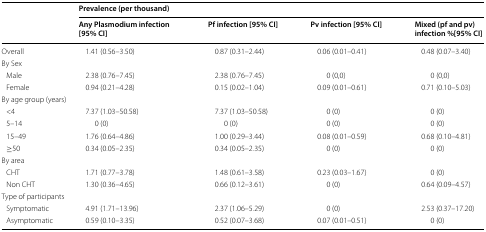
| <ROWSPAN=2>  | <COLSPAN=4> Prevalence (per thousand) |
 | Any Plasmodium infection [95% CI] | Pf infection [95% CI] | Pv infection [95% CI] | Mixed (pf and pv) infection %[95% CI] |
 | --- | --- | --- | --- | --- |
 | Overall | 1.41 (0.56–3.50) | 0.87 (0.31–2.44) | 0.06 (0.01–0.41) | 0.48 (0.07–3.40) |
 | <COLSPAN=5> By Sex |
 | Male | 2.38 (0.76–7.45) | 2.38 (0.76–7.45) | 0 (0,0) | 0 (0,0) |
 | Female | 0.94 (0.21–4.28) | 0.15 (0.02–1.04) | 0.09 (0.01–0.61) | 0.71 (0.10–5.03) |
 | <COLSPAN=5> By age group (years) |
 | <4 | 7.37 (1.03–50.58) | 7.37 (1.03–50.58) | 0 (0) | 0 (0) |
 | 5–14 | 0 (0) | 0 (0) | 0 (0) | 0 (0) |
 | 15–49 | 1.76 (0.64–4.86) | 1.00 (0.29–3.44) | 0.08 (0.01–0.59) | 0.68 (0.10–4.81) |
 | ≥50 | 0.34 (0.05–2.35) | 0.34 (0.05–2.35) | 0 (0) | 0 (0) |
 | <COLSPAN=5> By area |
 | CHT | 1.71 (0.77–3.78) | 1.48 (0.61–3.58) | 0.23 (0.03–1.67) | 0 (0) |
 | Non CHT | 1.30 (0.36–4.65) | 0.66 (0.12–3.61) | 0 (0) | 0.64 (0.09–4.57) |
 | <COLSPAN=5> Type of participants |
 | Symptomatic | 4.91 (1.71–13.96) | 2.37 (1.06–5.29) | 0 (0) | 2.53 (0.37–17.20) |
 | Asymptomatic | 0.59 (0.10–3.35) | 0.52 (0.07–3.68) | 0.07 (0.01–0.51) | 0 (0) |